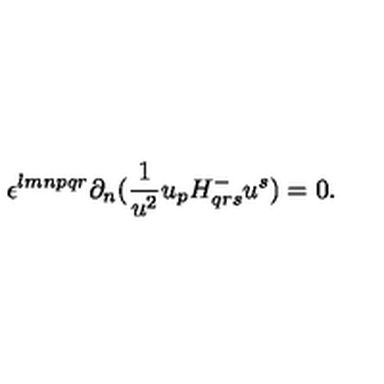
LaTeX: \epsilon ^ { l m n p q r } \partial _ { n } ( { \frac { 1 } { u ^ { 2 } } } u _ { p } H _ { q r s } ^ { - } u ^ { s } ) = 0 .